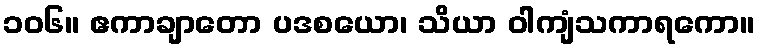
၁၀၆။ ဧကာချာတော ပဒစယော၊ သိယာ ဝါကျံသကာရကော။